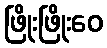
ဖြိုးဖြိုးဝေ